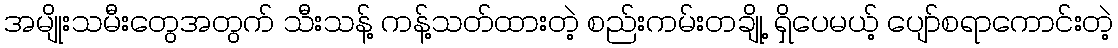
အမျိုးသမီးတွေအတွက် သီးသန့် ကန့်သတ်ထားတဲ့ စည်းကမ်းတချို့ ရှိပေမယ့် ပျော်စရာကောင်းတဲ့